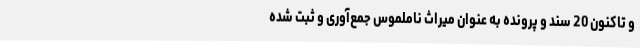
و تاکنون 20 سند و پرونده به عنوان میراث ناملموس جمع‌آوری و ثبت شده